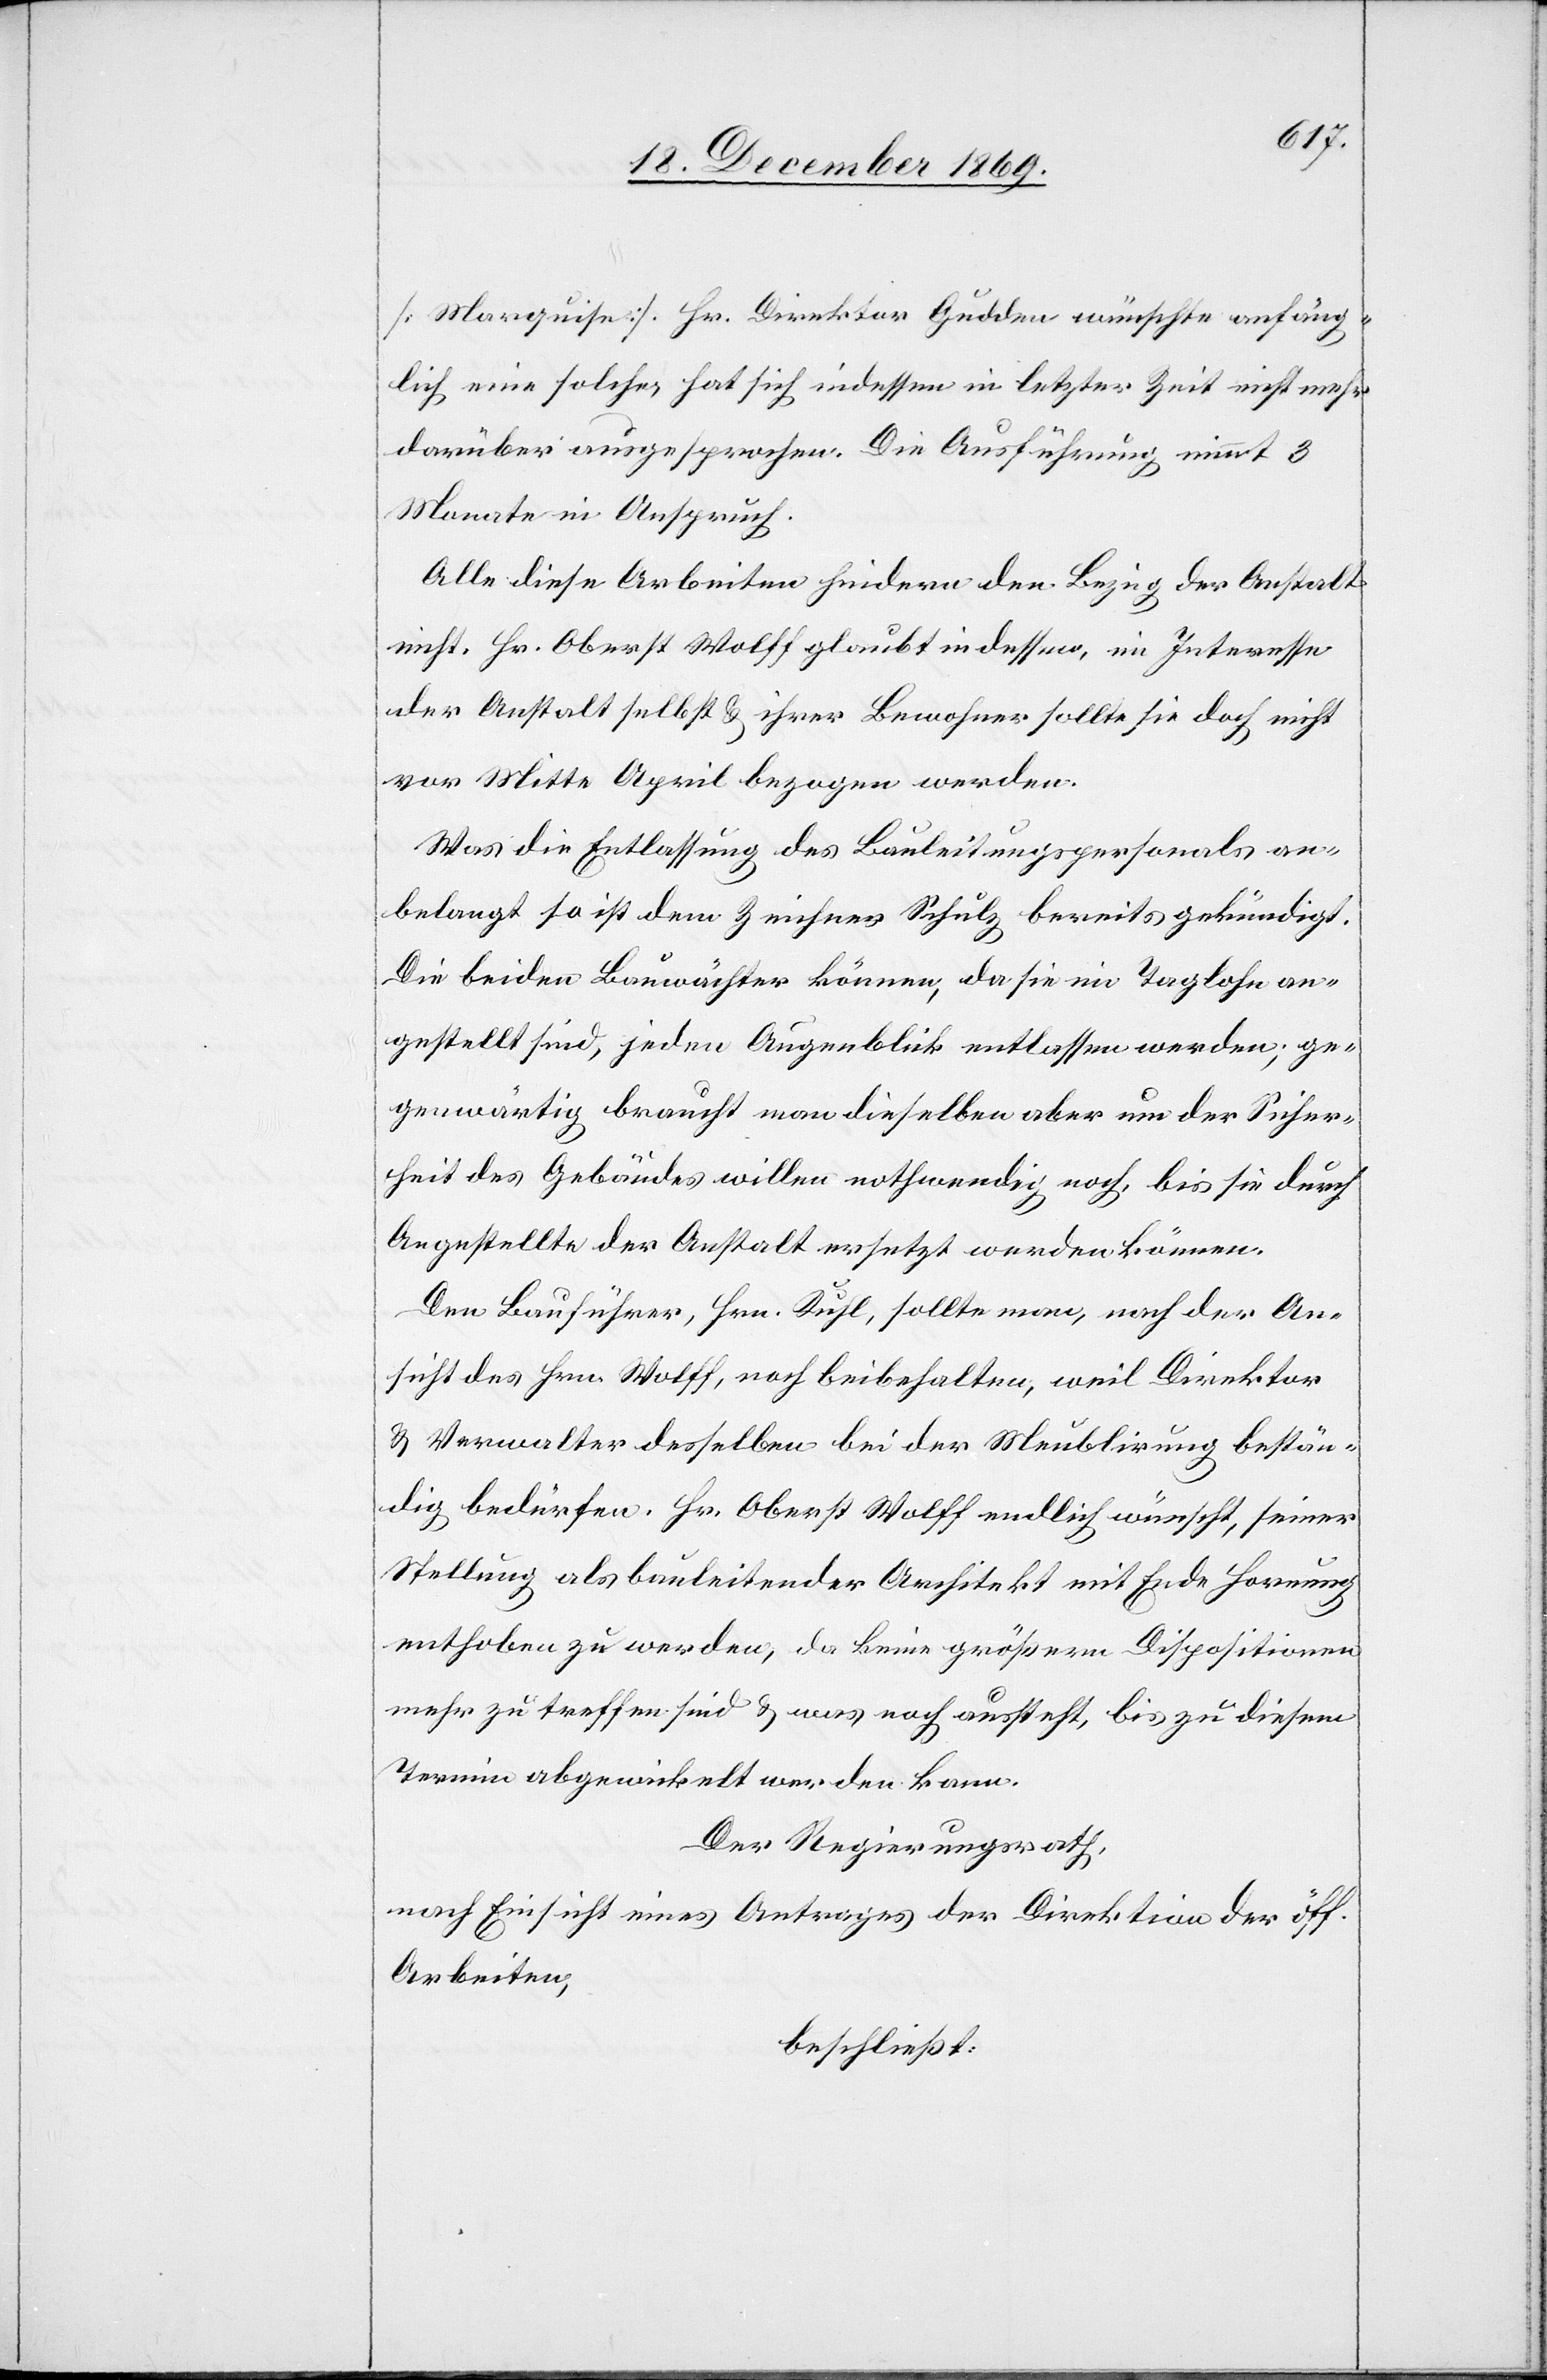
[Marquise]. Hr. Direktor Gudden wünschte anfäng¬
lich eine solche, hat sich indessen in letzter Zeit nicht mehr
darüber ausgesprochen. Die Ausführung nimmt 3
Monate in Anspruch.
Alle diese Arbeiten hindern den Bezug der Anstalt
nicht. Hr. Oberst Wolff glaubt indessen, im Interesse
der Anstalt selbst & ihrer Bewohner sollte sie doch nicht
vor Mitte April bezogen werden.
Was die Entlassung des Bauleitungspersonals an¬
belangt so ist dem Zeichner Schulz bereits gekündigt.
Die beiden Bauwächter können, da sie im Taglohn an¬
gestellt sind, jeden Augenblick entlassen werden; ge¬
genwärtig braucht man dieselben aber um der Sicher¬
heit des Gebäudes willen nothwendig noch, bis sie durch
Angestellte der Anstalt ersetzt werden können.
Den Bauführer, Hrn. Kuhl, sollte man, nach der An¬
sicht des Hrn. Wolff, noch beibehalten, weil Direktor
& Verwalter desselben bei der Meublirung bestän¬
dig bedürfen. Hr. Oberst Wolff endlich wünscht, seiner
Stellung als bauleitender Architekt mit Ende Hornung
enthoben zu werden, da keine größern Dispositionen
mehr zu treffen sind & was noch aussteht, bis zu diesem
Termin abgewickelt werden kann.
Der Regierungsrath,
nach Einsicht eines Antrages der Direktion der öff.
Arbeiten,
beschließt: